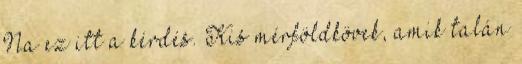
Na ez itt a kérdés. Kis mérföldkövek, amik talán